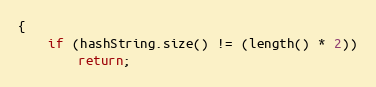
Language: C++
{
    if (hashString.size() != (length() * 2))
        return;